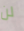
لن